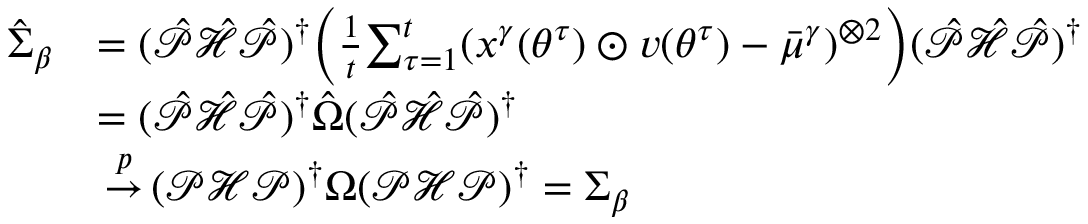
\begin{array} { r l } { \hat { \Sigma } _ { \beta } } & { = ( \hat { \mathcal { P } } \hat { \mathcal { H } } \hat { \mathcal { P } } ) ^ { \dagger } \bigg ( \frac 1 t { \sum _ { \tau = 1 } ^ { t } } ( x ^ { \gamma } ( { \theta ^ { \tau } } ) \odot v ( { \theta ^ { \tau } } ) - { \bar { \mu } ^ { \gamma } } ) ^ { \otimes 2 } \bigg ) ( \hat { \mathcal { P } } \hat { \mathcal { H } } \hat { \mathcal { P } } ) ^ { \dagger } } \\ & { = ( \hat { \mathcal { P } } \hat { \mathcal { H } } \hat { \mathcal { P } } ) ^ { \dagger } \hat { \Omega } ( \hat { \mathcal { P } } \hat { \mathcal { H } } \hat { \mathcal { P } } ) ^ { \dagger } } \\ & { { \, \overset { { p } } { \to } \, } ( { \mathcal { P } } { \mathcal { H } } { \mathcal { P } } ) ^ { \dagger } \Omega ( { \mathcal { P } } { \mathcal { H } } { \mathcal { P } } ) ^ { \dagger } = \Sigma _ { \beta } } \end{array}